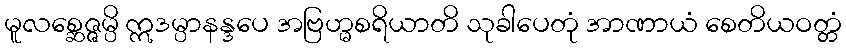
မူလစ္ဆေဇ္ဇမ္ပိ ဣဒမ္ပာနန္ဒပေ အဗြဟ္မစရိယာတိ သုခါပေတုံ အာဏာယံ စေတိယဝတ္တံ